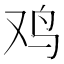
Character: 鸡